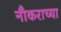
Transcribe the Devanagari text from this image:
नौकराच्या